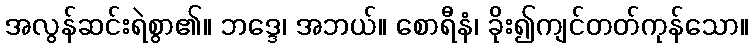
အလွန်ဆင်းရဲစွာ၏။ ဘဒ္ဒေ၊ အဘယ်။ စောရီနံ၊ ခိုး၍ကျင်တတ်ကုန်သော။